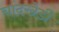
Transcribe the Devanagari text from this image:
चांदखेडी